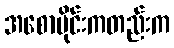
အစောပိုင်းကတည်းက